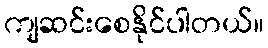
ကျဆင်းစေနိုင်ပါတယ်။